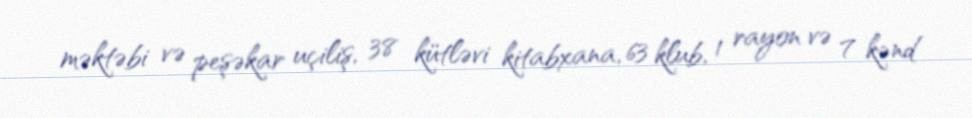
məktəbi və peşəkar uçiliş, 38 kütləvi kitabxana, 63 klub, 1 rayon və 7 kənd